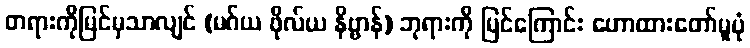
တရားကိုမြင်မှသာလျင် (မဂ်ယ ဖိုလ်ယ နိဗ္ဗာန်) ဘုရားကို မြင်ကြောင်း ဟောထားတော်မူပုံ